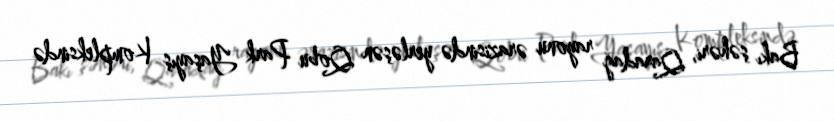
Bakı şəhəri, Qaradağ rayonu ərazisində yerləşən Qobu Park Yaşayış Kompleksində